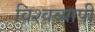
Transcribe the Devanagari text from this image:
विश्‍वव्यापी